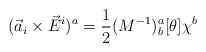
\begin{align*}({\vec a}_i \times {\vec E}^i)^a=\frac{1}{2}(M^{-1})_b^a[\theta]\chi^b\end{align*}